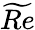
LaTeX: \widetilde{Re}